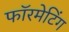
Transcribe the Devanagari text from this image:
फॉरमेटिंग